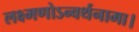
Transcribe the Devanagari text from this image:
लक्ष्मणोऽन्वर्थनामा।